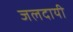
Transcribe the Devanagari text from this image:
जलदायी